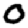
Digit: 0